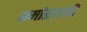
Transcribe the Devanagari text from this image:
धर्मारायाची